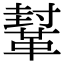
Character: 鞤